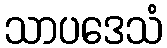
သာပဒေသံ